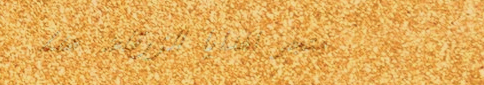
متجر الهدايا الزرقاء: هدا